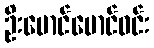
ဦးမောင်မောင်ဝင်း